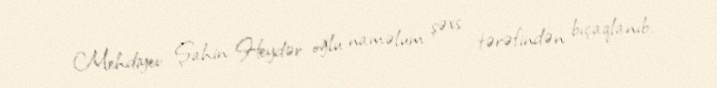
Mehdiyev Şahin Heydər oğlu naməlum şəxs tərəfindən bıçaqlanıb.